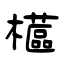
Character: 櫙